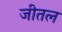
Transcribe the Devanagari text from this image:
जीतल